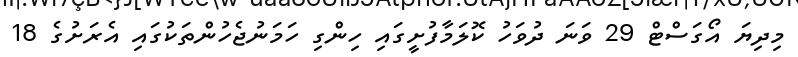
މިދިޔަ އޯގަސްޓް 29 ވަނަ ދުވަހު ކޮލަމާފުށީގައި ހިންގި ހަމަނުޖެހުންތަކުގައި އެރަށުގެ 18